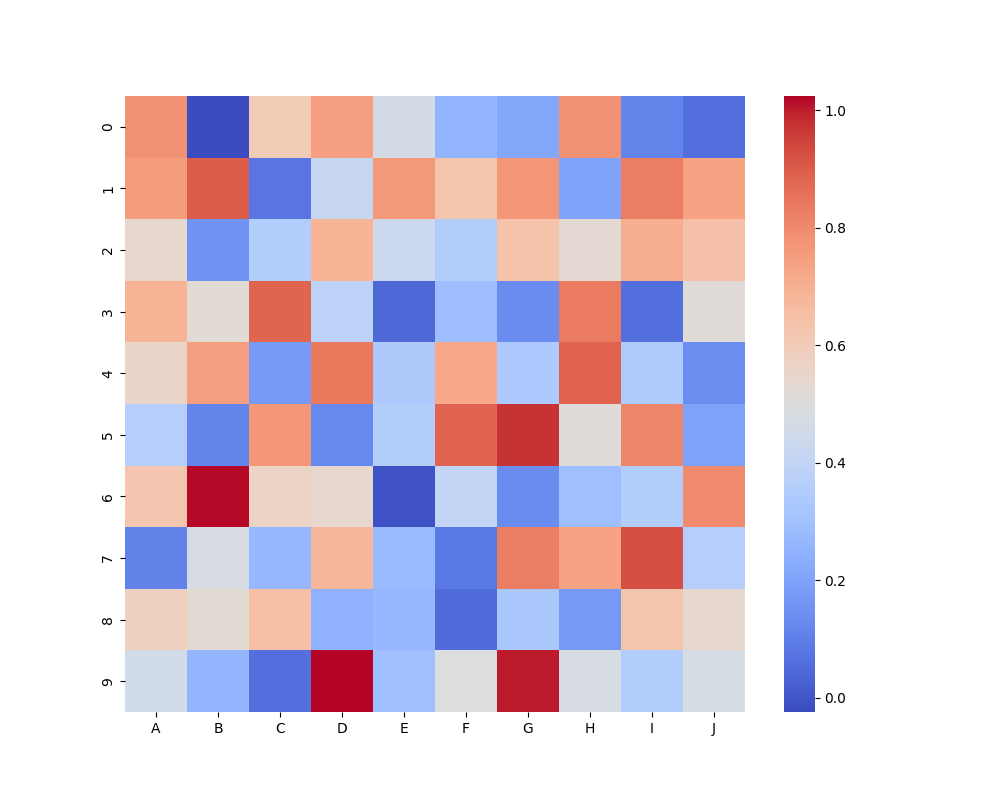
python, seaborn, heatmap, cmap='coolwarm', linewidths=0.0, center=none